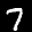
Label: 7